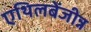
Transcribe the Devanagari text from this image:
एथिलबेंजीन्न